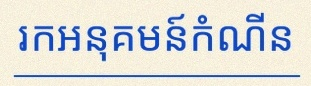
រកអនុគមន៍កំណើន